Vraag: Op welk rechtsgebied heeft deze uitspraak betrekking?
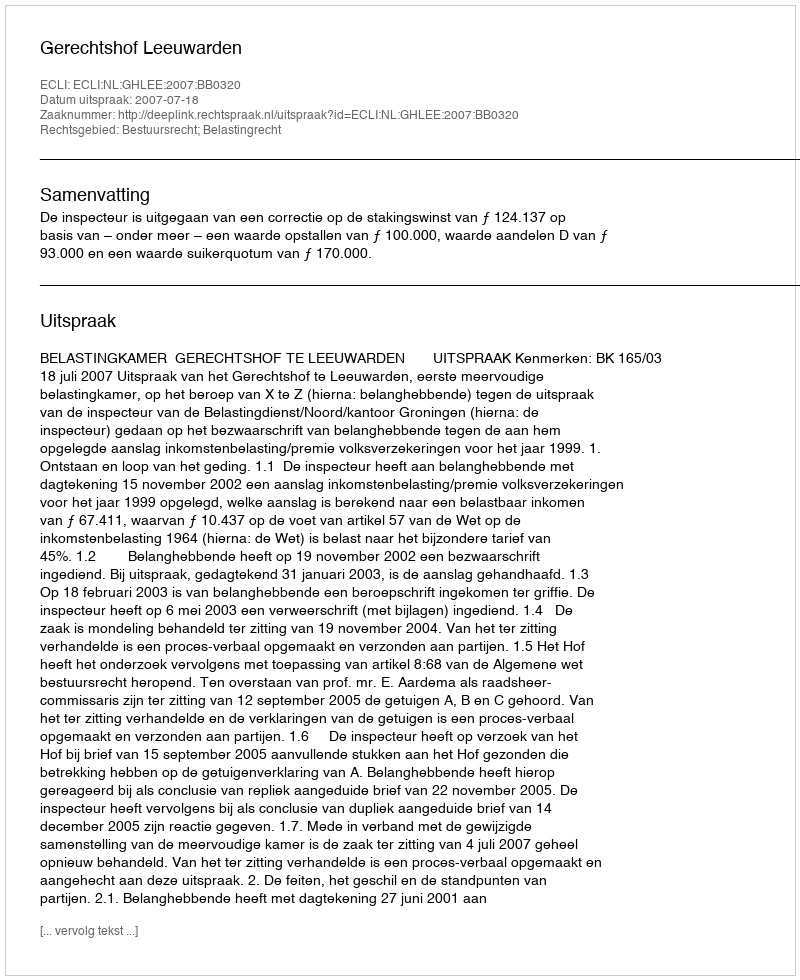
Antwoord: Bestuursrecht; Belastingrecht